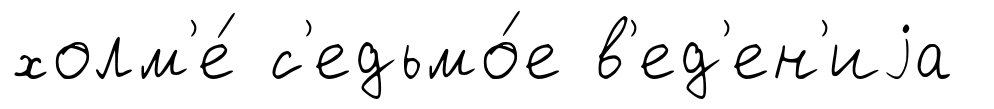
холм'е́ с'едьмо́е в'ед'ен'иjа